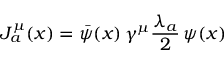
J _ { a } ^ { \mu } ( x ) = \bar { \psi } ( x ) \, \gamma ^ { \mu } \frac { \lambda _ { a } } 2 \, \psi ( x )